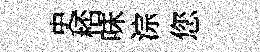
史桮味淙您